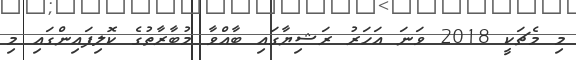
މި މެޗަކީ 2018 ވަނަ އަހަރު ރަޝިޔާގައި ބާއްވާ މުބާރާތުގެ ކޮލިފައިންގައި މި